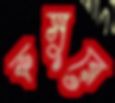
কসুরে